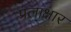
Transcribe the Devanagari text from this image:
प्रलाक्षार